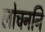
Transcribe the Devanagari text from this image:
लोचननि